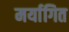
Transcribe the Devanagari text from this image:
मर्यागित